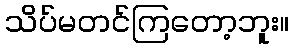
သိပ်မတင်ကြတော့ဘူး။